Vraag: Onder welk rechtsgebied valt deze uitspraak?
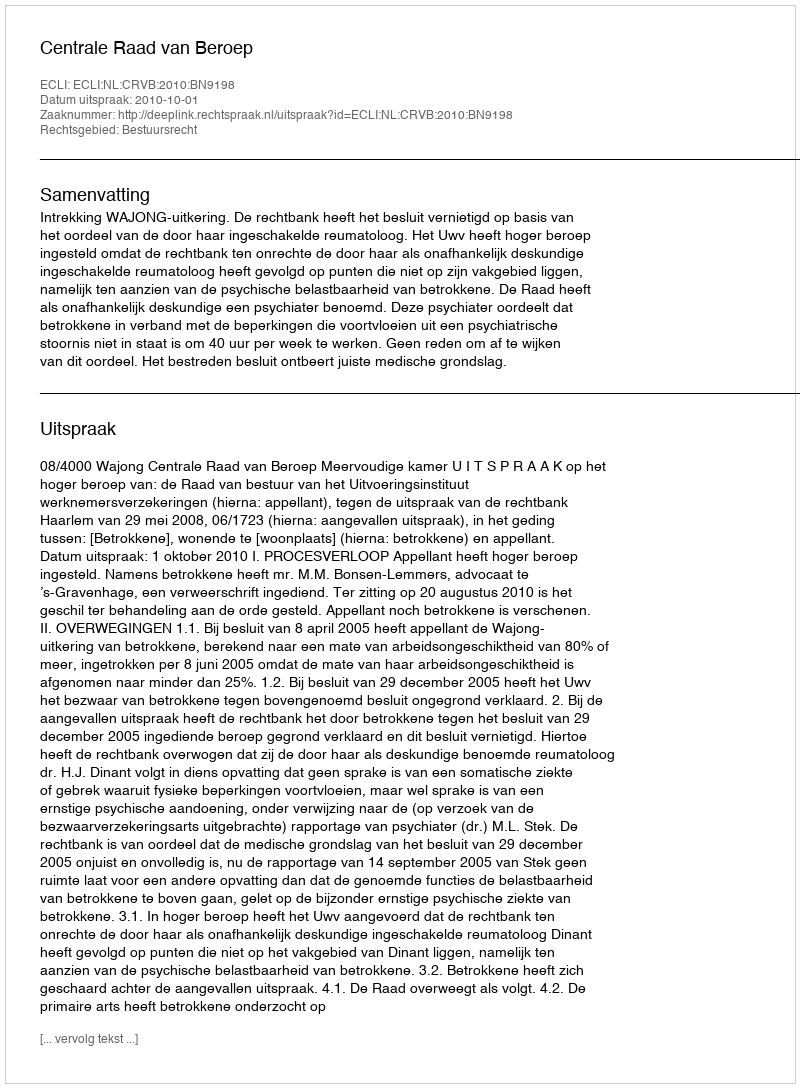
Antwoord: Bestuursrecht